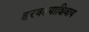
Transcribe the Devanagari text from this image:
हरवल्याशिवाय